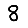
Digit: 8